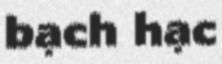
bạch hạc